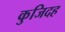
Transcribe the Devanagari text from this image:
कुजिदह